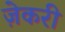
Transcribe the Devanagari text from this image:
ज़ेकरी